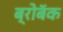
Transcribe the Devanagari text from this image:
ब्रोबॅक